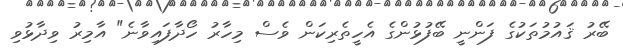
ބޭރު ޤައުމުތަކުގެ ފަންނީ ބޭފުޅުންގެ އެހީތެރިކަން ވެސް މިހާރު ހޯދާފައިވާނެ" އާމިރު ވިދާޅުވި